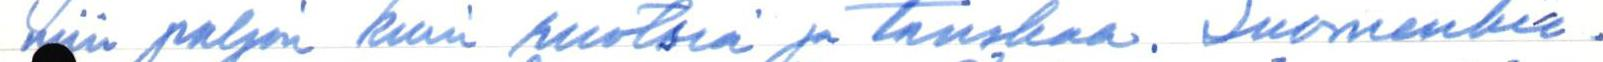
niin paljon kuin ruotsia ja tanskaa. Suomenkie-